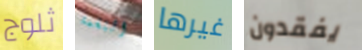
ثلوج النغمة غيرها يفقدون